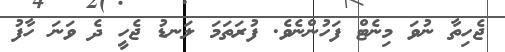
ޖެހިތާ ނުވަ މިނެޓް ފަހުންނެވެ. ފުރަތަމަ ލަނޑު ޖެހީ ދެ ވަނަ ހާފު